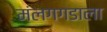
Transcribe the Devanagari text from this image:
मंलगगडाला